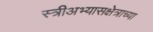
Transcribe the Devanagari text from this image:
स्त्रीअभ्यासक्षेत्राच्या